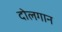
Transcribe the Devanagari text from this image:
दोलगान